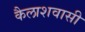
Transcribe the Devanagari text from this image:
कैलाशवासी